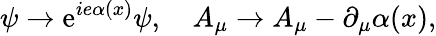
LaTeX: \psi\rightarrow\mathrm{e}^{ie\alpha(x)}\psi,\quad A_{\mu}\rightarrow A_{\mu}-\partial_{\mu}\alpha(x),